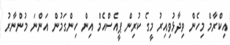
އިކްރާމް މިހެން ވިދާޅުވިއިރު މީގެ ކުރިން ޕީއެސްއެމް އިން ހިންގަމުން އަންނަ މުންނާރު